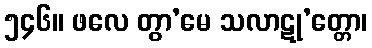
၅၄၆။ ဖလေ တွာ’မေ သလာဋု’တ္တော၊